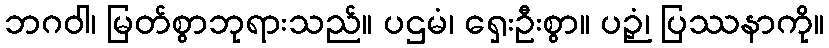
ဘဂဝါ၊ မြတ်စွာဘုရားသည်။ ပဌမံ၊ ရှေးဦးစွာ။ ပဉှံ၊ ပြဿနာကို။